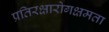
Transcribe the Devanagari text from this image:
प्रतिरक्षारोगक्षमता